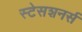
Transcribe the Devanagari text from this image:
स्टेसशनर्स